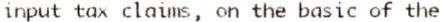
INPUT TAX CLAIMS, ON THE BASIC OF THE